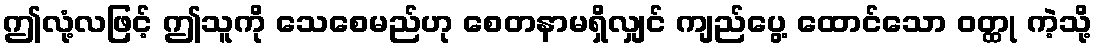
ဤလုံ့လဖြင့် ဤသူကို သေစေမည်ဟု စေတနာမရှိလျှင် ကျည်ပွေ့ ထောင်သော ဝတ္ထု ကဲ့သို့